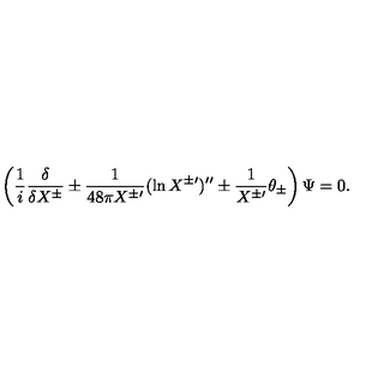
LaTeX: \left( \frac { 1 } { i } \frac { \delta } { \delta X ^ { \pm } } \pm \frac { 1 } { 4 8 \pi X ^ { \pm \prime } } ( \ln X ^ { \pm \prime } ) ^ { \prime \prime } \pm \frac { 1 } { X ^ { \pm \prime } } \theta _ { \pm } \right) \Psi = 0 .